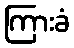
ကြားခံ